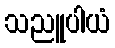
သညူပါယံ